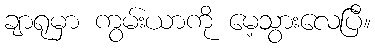
ချာရုမှာ ကွမ်းယာကို မေ့သွားလေပြီ။